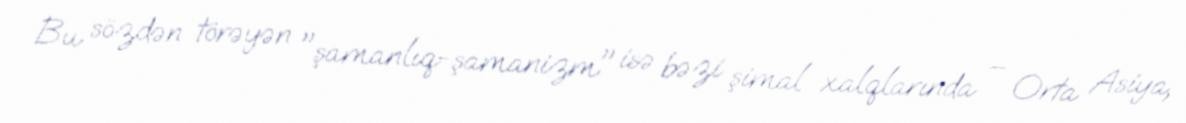
Bu sözdən törəyən "şamanlıq-şamanizm" isə bəzi şimal xalqlarında – Orta Asiya,